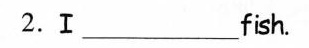
2.Ⅰ_fis.